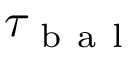
\tau _ { \mathrm { ~ b ~ a ~ l ~ } }